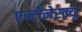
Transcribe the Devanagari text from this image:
एन्टोंनेस्क्यू